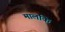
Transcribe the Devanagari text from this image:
मालकि